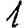
Digit: 1